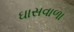
ઘાસવાળા